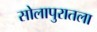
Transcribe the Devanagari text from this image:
सोलापुरातला